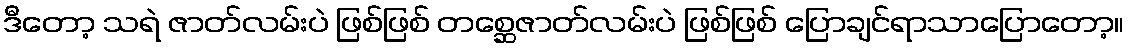
ဒီတော့ သရဲ ဇာတ်လမ်းပဲ ဖြစ်ဖြစ် တစ္ဆေဇာတ်လမ်းပဲ ဖြစ်ဖြစ် ပြောချင်ရာသာပြောတော့။